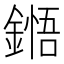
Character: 𮢬